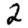
Digit: 2